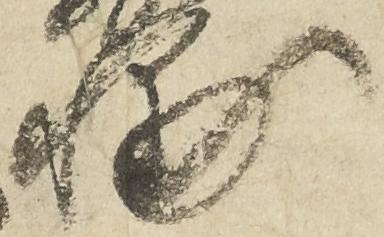
輔